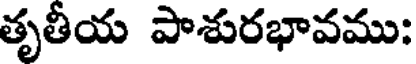
తృతీయ పాశురభావము: